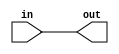
module clock_buf (out,in);

output out;
input in;

buf G1(out,in);

endmodule